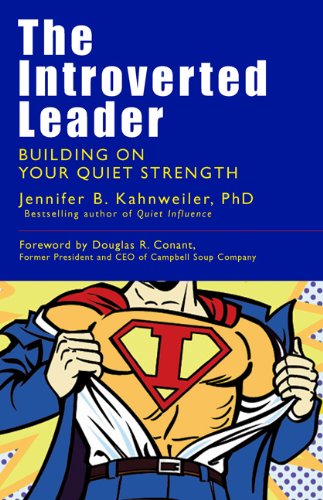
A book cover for The Introverted Leader: Building on Your Quiet Strength; Jennifer B. Kahnweiler PhD; Medical Books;